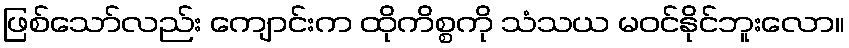
ဖြစ်သော်လည်း ကျောင်းက ထိုကိစ္စကို သံသယ မဝင်နိုင်ဘူးလော။